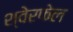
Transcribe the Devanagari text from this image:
श्वेरफेल